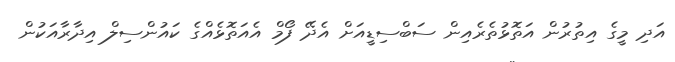
އަދި މީގެ އިތުރުން އަތޮޅުތެރެއިން ސަބްސިޑީއަށް އެދޭ ފޯމް އެއަތޮޅެއްގެ ކައުންސިލް އިދާރާއަކުން